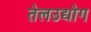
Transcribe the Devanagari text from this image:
तेलउद्योग